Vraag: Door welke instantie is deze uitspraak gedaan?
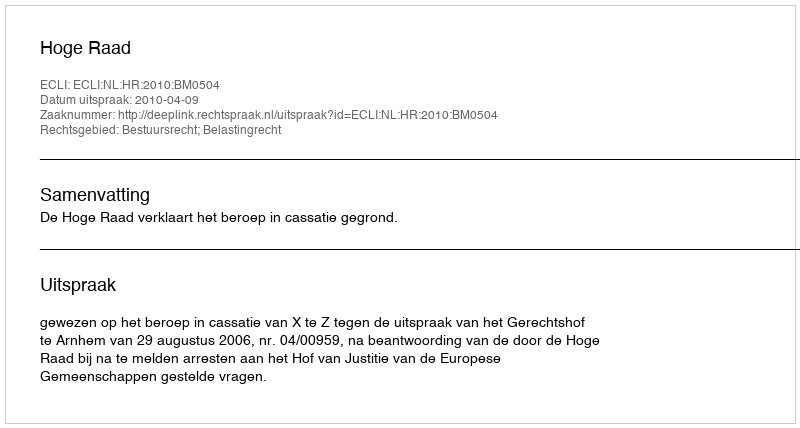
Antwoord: Hoge Raad